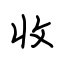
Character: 收